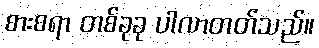
စားစရာ တစ်ခုခု ပါလာတတ်သည်။